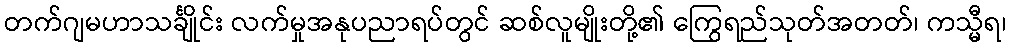
တက်ဂျမဟာသင်္ချိုင်း လက်မှုအနုပညာရပ်တွင် ဆစ်လူမျိုးတို့၏ ကြွေရည်သုတ်အတတ်၊ ကသ္မီရ၊